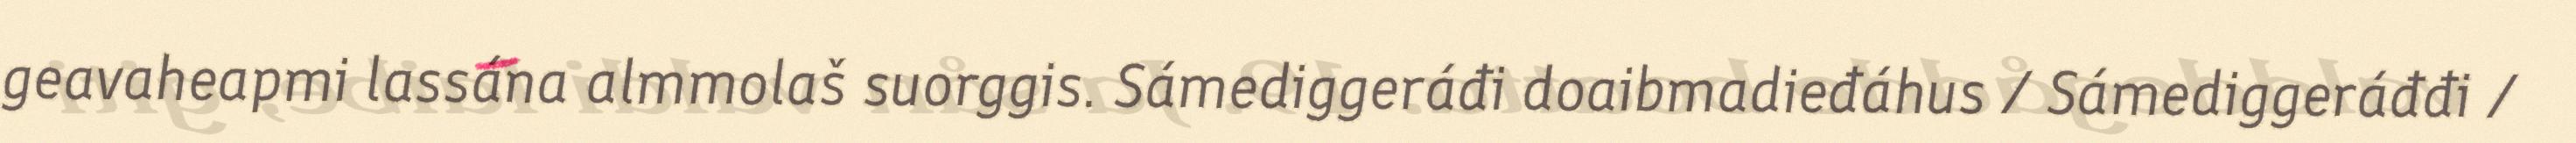
geavaheapmi lassána almmolaš suorggis. Sámediggeráđi doaibmadieđáhus / Sámediggeráđđi /